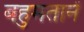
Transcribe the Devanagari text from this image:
बहुमतानें